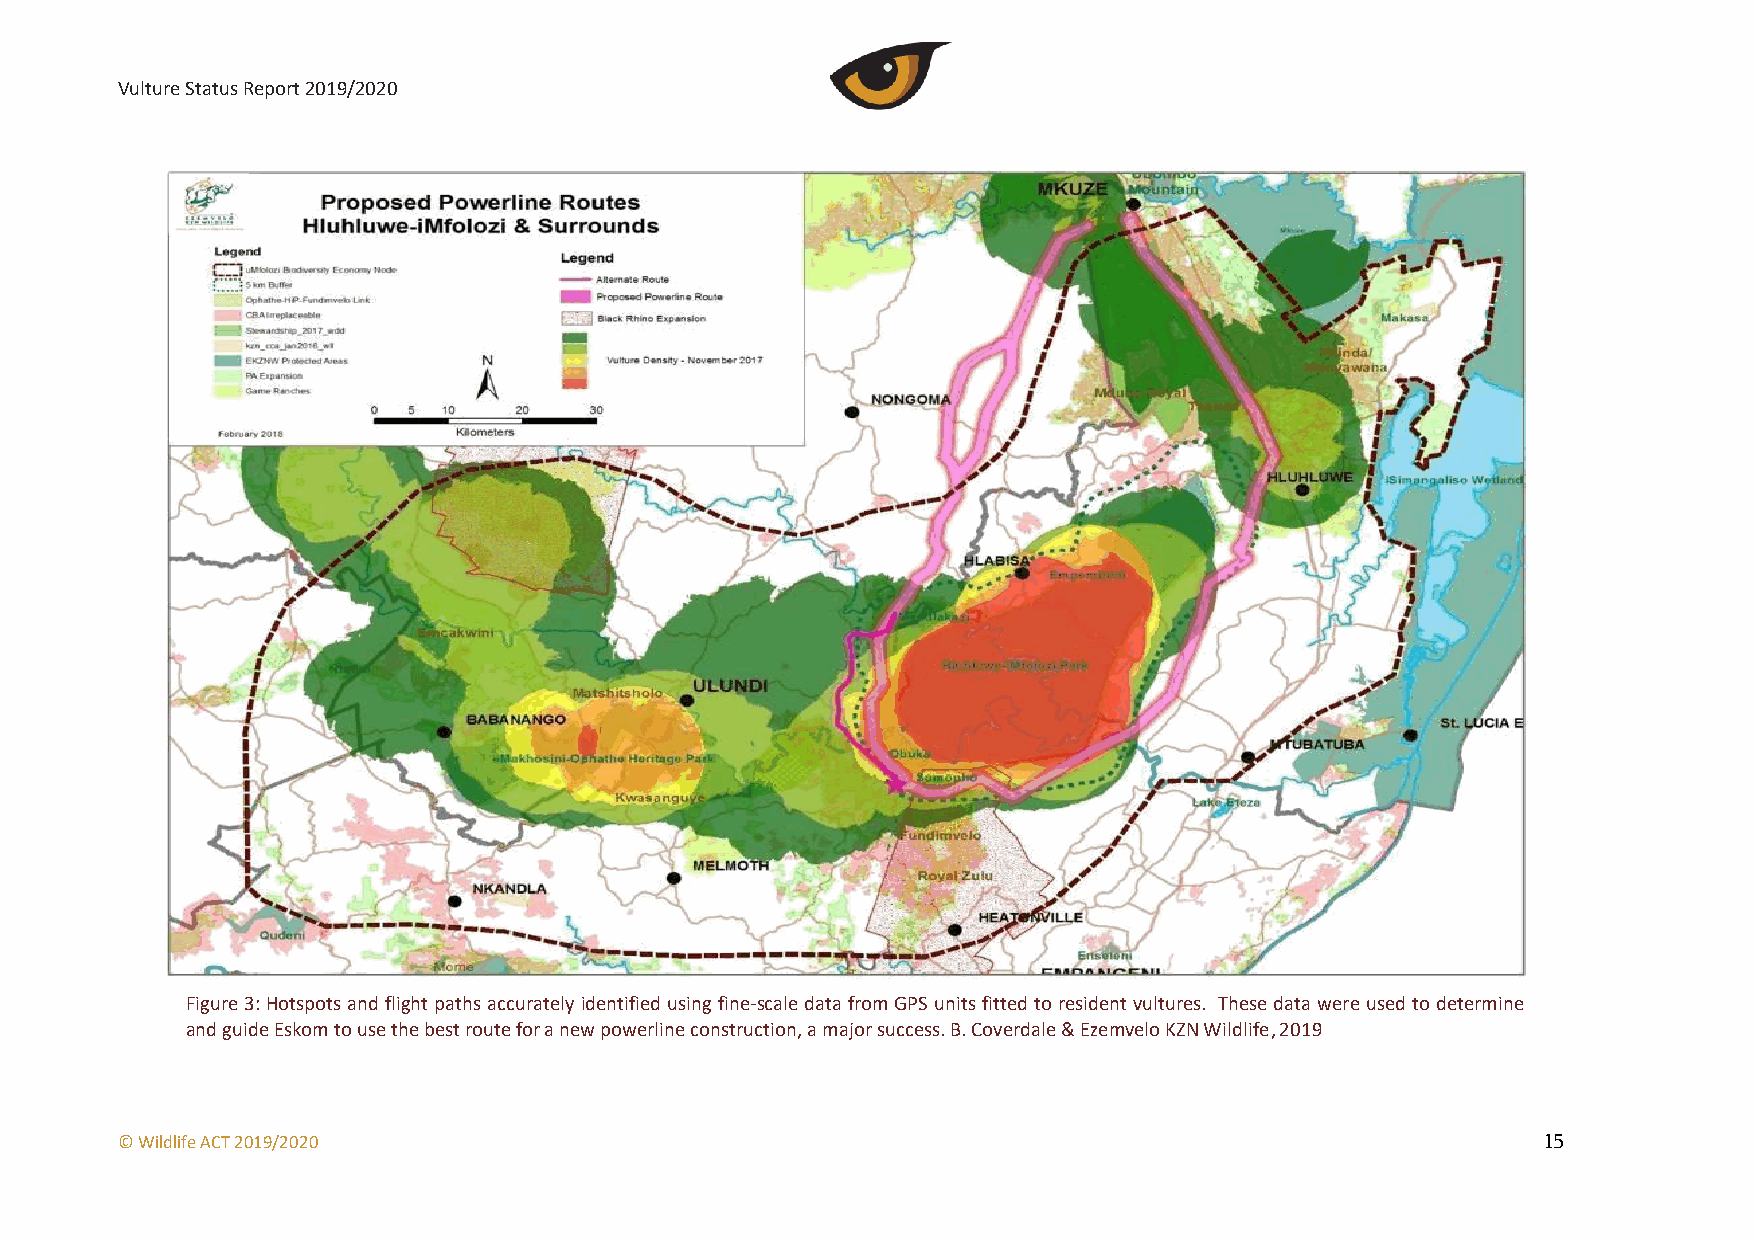
Vulture Status Report 2019/2020
 Figure 3: Hotspots and flight paths accurately identified using fine-scale data from GPS units fitted to resident vultures. These data were used to determine
 Figure SEQ Figure \* ARABIC 6: Hotspots and flight paths accurately identified using fine-scale data from GPS units fitted to resident vultures. These
 and guide Eskom to use the best route for a new powerline construction, a major success. B. Coverdale & Ezemvelo KZN Wildlife, 2019
 data were used to determine and guide Eskom to use the best route for a new powerline construction, a major success. B. Coverdale & Ezemvelo KZN
 Wildlife, 2019
 © Wildlife ACT 2019/2020                                                                      15